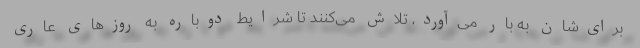
برای‌شان به بار می‌آورد، تلاش می‌کنند تا شرایط دوباره به روز‌های عاری